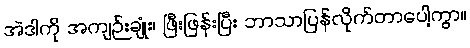
အဲဒါကို အကျဉ်းချုံး၊ ဖြီးဖြန်းပြီး ဘာသာပြန်လိုက်တာပေါ့ကွာ။